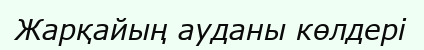
Жарқайың ауданы көлдері